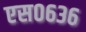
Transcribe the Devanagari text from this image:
एस०६३६